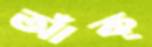
আঁক্